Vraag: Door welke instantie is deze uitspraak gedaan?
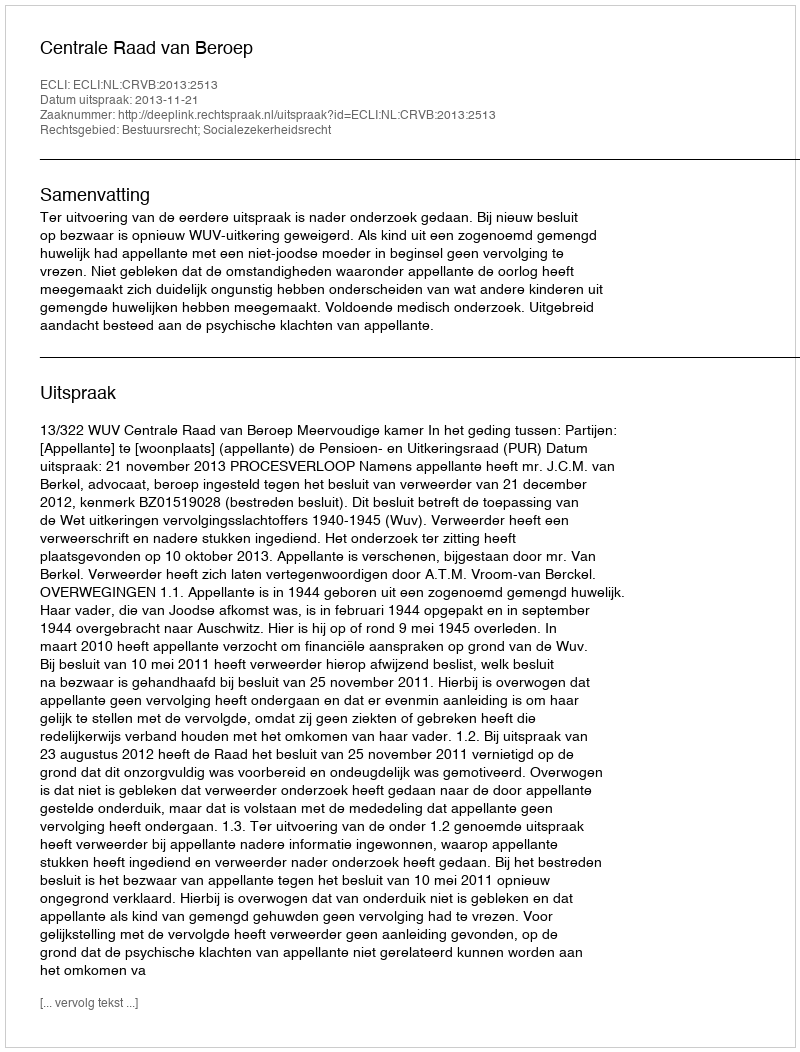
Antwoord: Centrale Raad van Beroep